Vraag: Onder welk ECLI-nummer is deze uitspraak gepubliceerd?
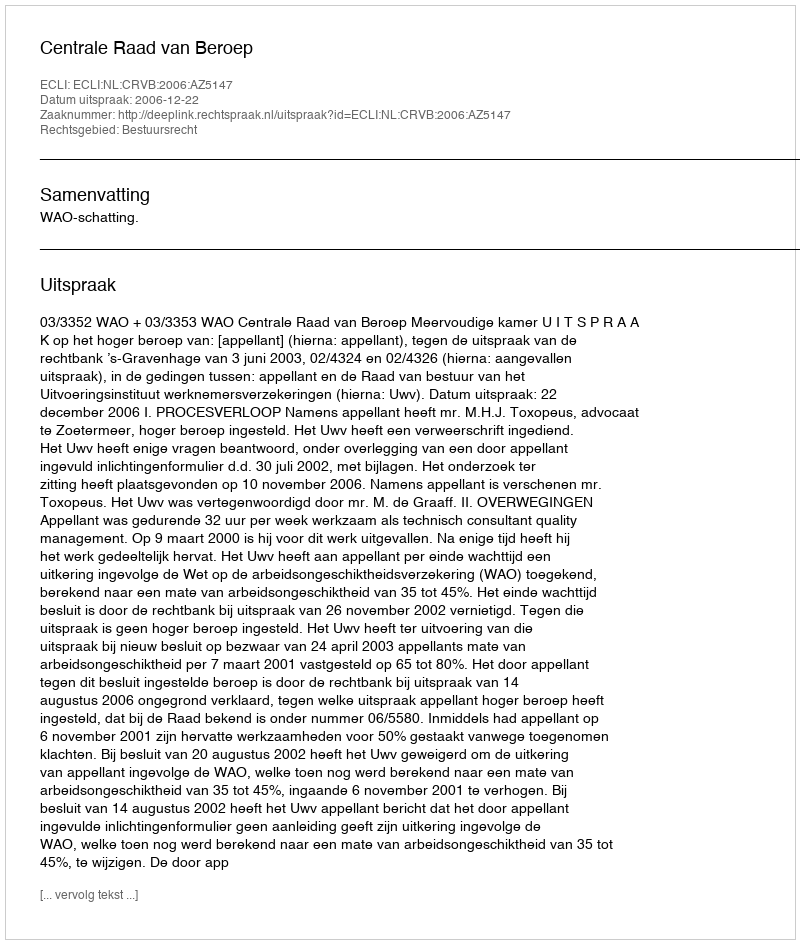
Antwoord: ECLI:NL:CRVB:2006:AZ5147